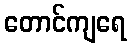
တောင်ကျရေ